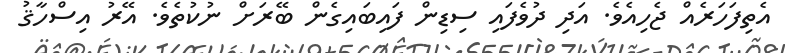
އެތިފަހަރެއް ޖެހިއެވެ. އަދި ދުވެފައި ސިޑިން ފައިބައިގެން ބޭރަށް ނުކުތެވެ. އޭރު އިސްހާޤު